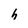
Character: h